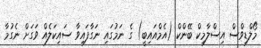
މޯލްޑިވްސް އިސްލާމިކް ބޭންކް (އެމްއައިބީ) ގެ ނަމުގައި ނަގާފައިވާ ސައިކަލެއް ވަގަށް ނެގުމާ